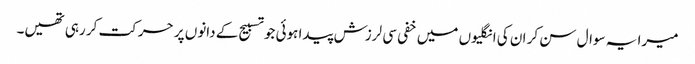
میرا یہ سوال سن کر ان کی انگلیوں میں خفی سی لرزش پیدا ہوئی جو تسبیح کے دانوں پر حرکت کر رہی تھیں۔